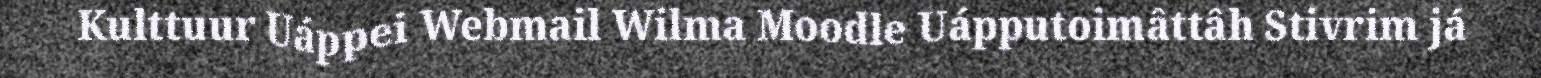
Kulttuur Uáppei Webmail Wilma Moodle Uápputoimâttâh Stivrim já